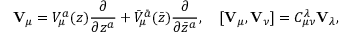
{ \bf V } _ { \mu } = V _ { \mu } ^ { a } ( z ) \frac { \partial } { \partial z ^ { a } } + { \bar { V } } _ { \mu } ^ { \bar { a } } ( \bar { z } ) \frac { \partial } { \partial \bar { z } ^ { a } } , \quad [ { \bf V } _ { \mu } , { \bf V } _ { \nu } ] = C _ { \mu \nu } ^ { \lambda } { \bf V } _ { \lambda } ,